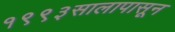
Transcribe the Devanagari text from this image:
१९९३सालापासून